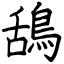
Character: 鴰